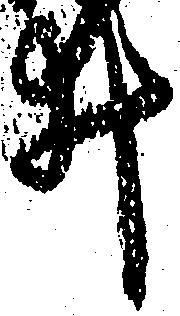
井